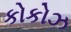
કોકોઝ